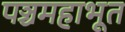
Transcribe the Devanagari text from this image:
पञ्चमहाभूत